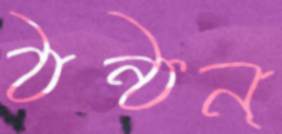
ঠন্‌ঠন্‌